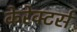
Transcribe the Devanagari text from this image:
केरेक्टर्स